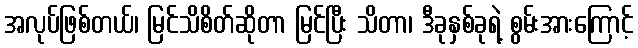
အလုပ်ဖြစ်တယ်၊ မြင်သိစိတ်ဆိုတာ မြင်ပြီး သိတာ၊ ဒီခုနှစ်ခုရဲ့ စွမ်းအားကြောင့်